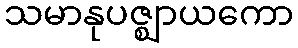
သမာနုပဇ္ဈာယကော